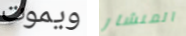
ويموت المنشار